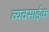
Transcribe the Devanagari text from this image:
व्यवसाईक